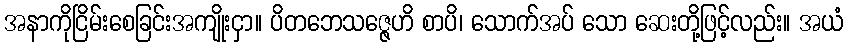
အနာကိုငြိမ်းစေခြင်းအကျိုးငှာ။ ပိတဘေသဇ္ဇေဟိ စာပိ၊ သောက်အပ် သော ဆေးတို့ဖြင့်လည်း။ အယံ